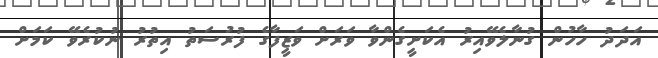
އަދަދު ހާހުން ގުނާލެވޭއިރު އެކަށީގެންވާ ވަރަށް ވަޒީފާގެ ފުރުސަތު އިތުރު ނުކުރެވޭ ކަމަށް